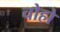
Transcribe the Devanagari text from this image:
चोहो